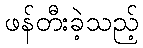
ဖန်တီးခဲ့သည့်